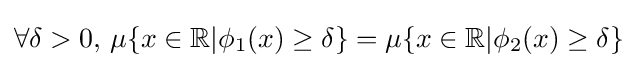
\forall \delta >0,\,\mu \{x\in \mathbb {R} |\phi _{1}(x)\geq \delta \}=\mu \{x\in \mathbb {R} |\phi _{2}(x)\geq \delta \}